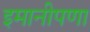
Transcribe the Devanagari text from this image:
इमानीपणा